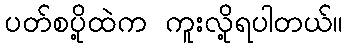
ပတ်စပို့ထဲက ကူးလို့ရပါတယ်။